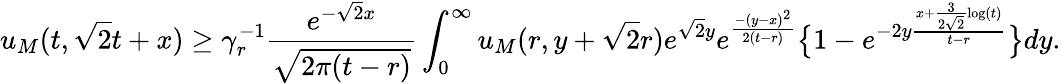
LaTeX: u_{M}(t,\sqrt{2}t+x)\geq\gamma_{r}^{-1}\frac{e^{-\sqrt{2}x}}{\sqrt{2\pi(t-r)}}\int_{0}^{\infty}u_{M}(r,y+\sqrt{2}r)e^{\sqrt{2}y}e^{\frac{-(y-x)^{2}}{2(t-r)}}\bigl\{ 1-e^{-2y\frac{x+\frac{3}{2\sqrt{2}}\log(t)}{t-r}}\bigr\} dy.